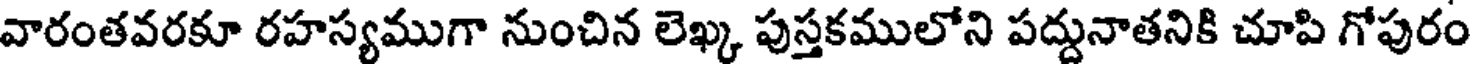
వారంతవరకూ రహస్యముగా నుంచిన లెఖ్క పుస్తకములోని పద్దునాతనికి చూపి గోపురం